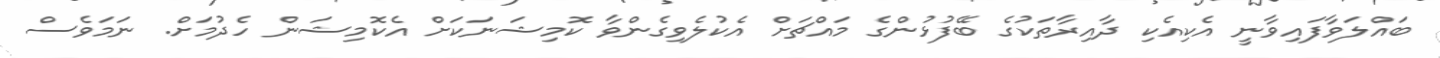
ބައްލަވާފައިވާނީ އެކިއެކި ދާއިރާތަކުގެ ބޭފުޅުންގެ މައްޗަށް އެކުލެވިގެންވާ ކޮމިޝަނަކަށް އެކޮމިޝަން ހެދުމަށް. ނަމަވެސް